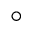
^ \circ